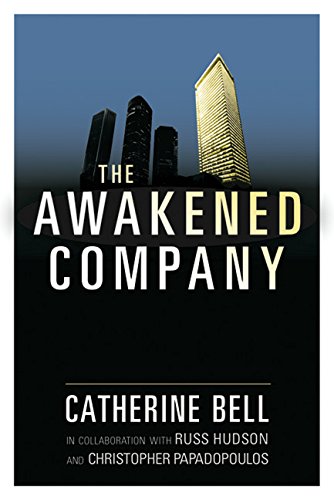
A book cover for The Awakened Company; Catherine R Bell; Business & Money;